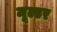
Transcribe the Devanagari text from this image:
मूल्डर